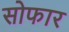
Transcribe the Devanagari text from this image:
सोफार